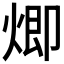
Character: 𤊵